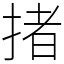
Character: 㨋